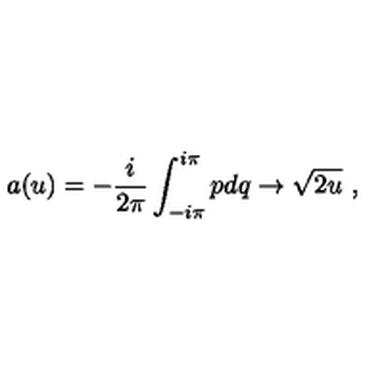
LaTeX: a ( u ) = - { \frac { i } { 2 \pi } } \int _ { - i \pi } ^ { i \pi } p d q \rightarrow \sqrt { 2 u } \ ,